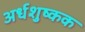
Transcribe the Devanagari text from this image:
अर्धशुष्कक